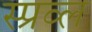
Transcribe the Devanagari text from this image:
स्प्रव्ल